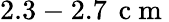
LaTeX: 2.3-2.7\, \mathrm{~c~m~}